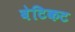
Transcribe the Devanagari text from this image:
बेटिकट